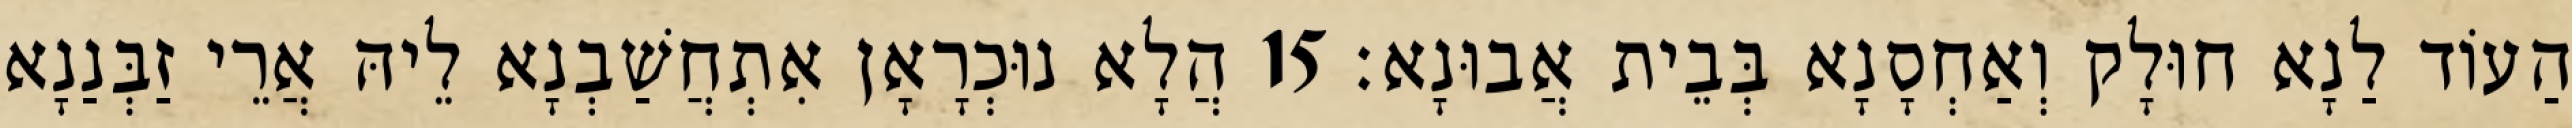
הַעוֹד לַנָא חוּלָק וְאַחְסָנָא בְּבֵית אֲבוּנָא׃ 15 הֲלָא נוּכְרָאָן אִתְחֲשַׁבְנָא לֵיהּ אֲרֵי זַבְּנַנָא